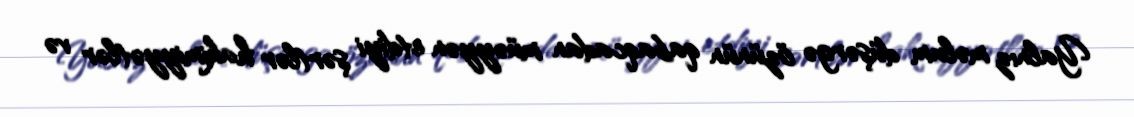
Yalnız məlum düşərgə özünün qabaqcadan müəyyən etdiyi şərtlər hakimiyyətlər və